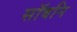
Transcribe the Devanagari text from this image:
सॉबनि